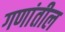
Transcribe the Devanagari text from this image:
गणांतील